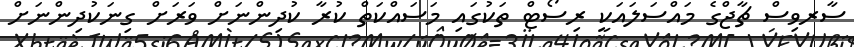
ސާރވިސް ޗާޖްގެ މައްސަލައަކީ ރިސޯޓް ތަކުގައި މަސައްކަތް ކުރާ ކުދިންނަށް ވަރަށް ގިނަކުދިންނަށް